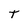
Character: T